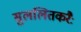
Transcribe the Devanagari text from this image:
सुललितकरैः